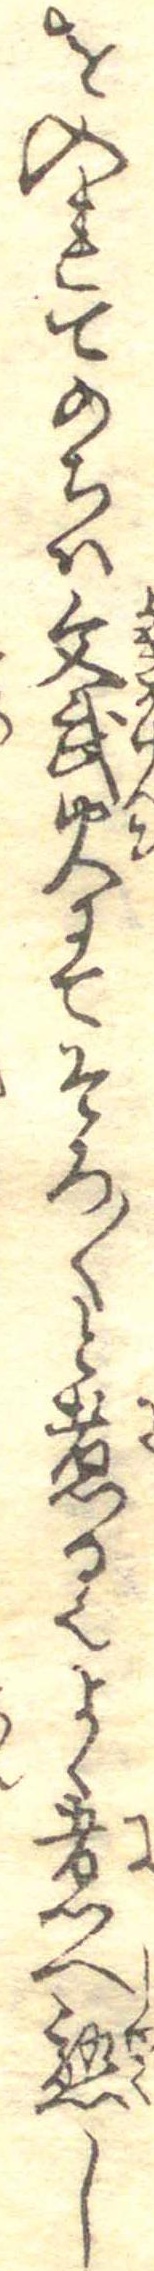
を入れてのちは文武火にてそろ〱と煮る也よく煮へ熟し